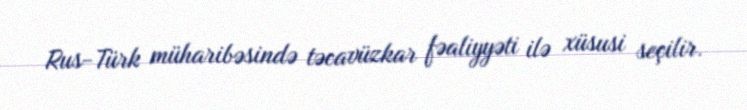
Rus-Türk müharibəsində təcavüzkar fəaliyyəti ilə xüsusi seçilir.